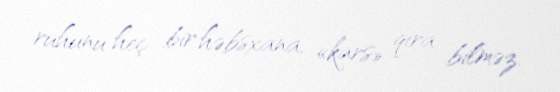
ruhunu heç bir həbsxana, «kars» qıra bilməz.